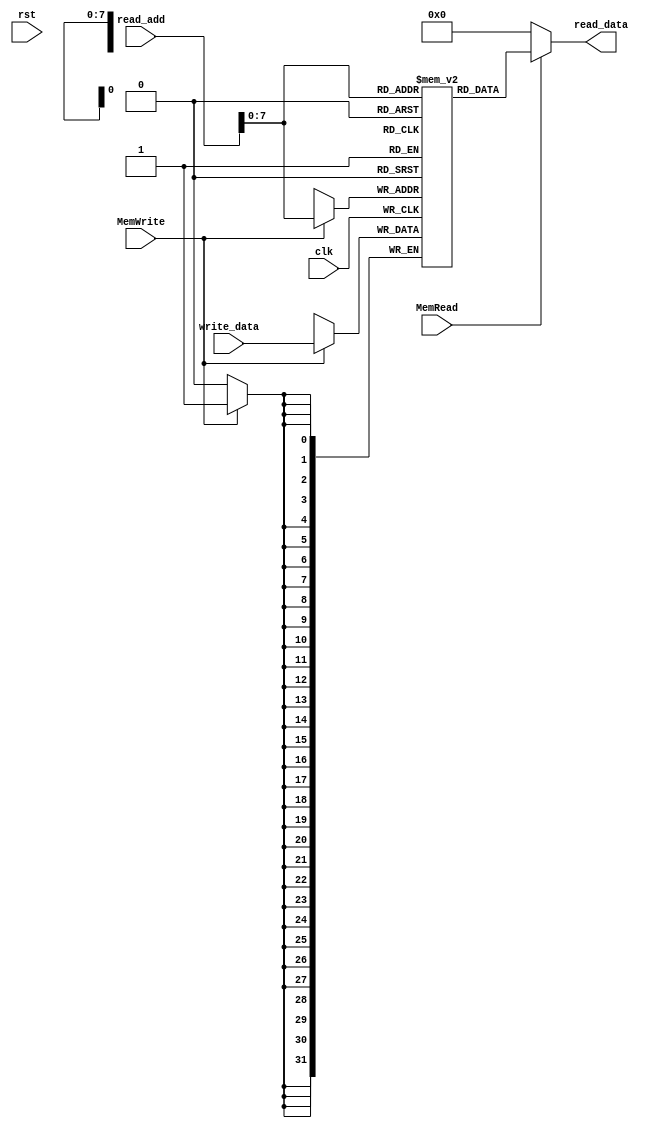
`timescale 1ns / 1ps
//////////////////////////////////////////////////////////////////////////////////
// Company: 
// Engineer: 
// 
// Design Name: 
// Module Name: DATA_MEM
// Project Name: 
// Target Devices: 
// Tool Versions: 
// Description: 
// 
// Dependencies: 
// 
// Revision:
// Revision 0.01 - File Created
// Additional Comments:
// 
//////////////////////////////////////////////////////////////////////////////////


(* keep_hierarchy = "yes" *) module DATA_MEM(clk, rst, read_add, write_data, read_data, MemWrite, MemRead);
    input clk, rst, MemWrite, MemRead;
    input [31:0] read_add, write_data;
    output [31:0] read_data;
    reg [31:0] data_mem [255:0];
    
    assign read_data = (MemRead)? data_mem[read_add] : 32'b0000_0000_0000_0000_0000_0000_0000_0000;

    integer i;
    initial begin
        for(i = 0; i <= 255; i = i + 1)
            data_mem[i] <= 32'b0000_0000_0000_0000_0000_0000_0000_0000;
        
        data_mem[1] <= 16'b0000_0001_1010_0011;
        data_mem[2] <= 16'b0000_0100_0101_1001;
        
        data_mem[4] <= 32'b0000_0000_0000_0000_0000_0000_0000_0001;
    
    end
    
    always @(posedge clk) begin
        if(MemWrite == 1'b1) begin
                data_mem[read_add] <= write_data;
        end
    end
    
endmodule